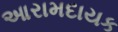
આરામદાયક